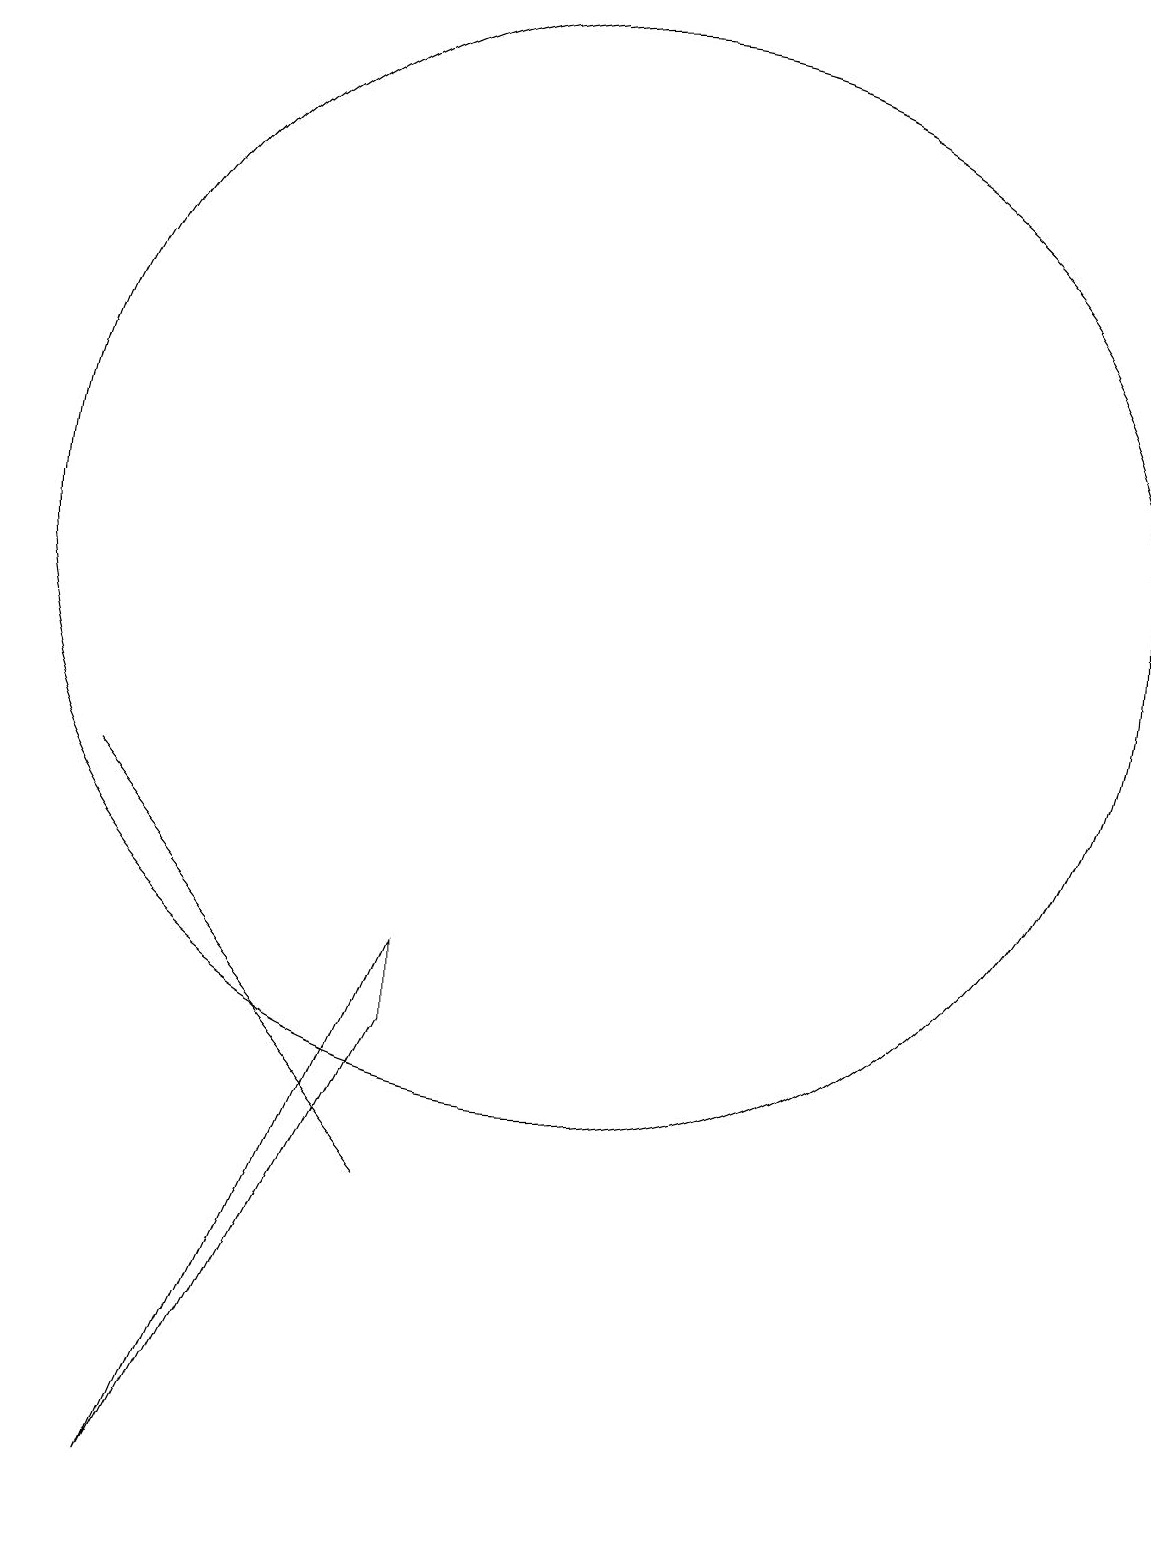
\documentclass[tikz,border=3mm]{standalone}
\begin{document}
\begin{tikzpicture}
\draw (8,7) -- (8,6) -- (5,0) -- cycle;
\draw (4,9) -- (4,9) -- (8,4) -- cycle;
\draw (10,12) circle (7);
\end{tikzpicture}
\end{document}